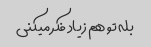
بله تو هم زیاد فکر میکنی